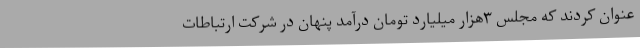
عنوان کردند که مجلس ۳هزار میلیارد تومان درآمد پنهان در شرکت ارتباطات